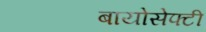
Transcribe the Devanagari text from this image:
बायोसेफ्टी